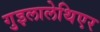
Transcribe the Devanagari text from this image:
गुइलालेथिएर